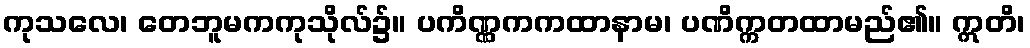
ကုသလေ၊ တေဘူမကကုသိုလ်၌။ ပကိဏ္ဏကကထာနာမ၊ ပဏိက္ကတထာမည်၏။ ဣတိ၊